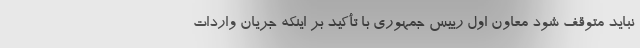
نباید متوقف شود معاون اول رییس جمهوری با تأکید بر اینکه جریان واردات